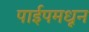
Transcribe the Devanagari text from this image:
पाईपमधून